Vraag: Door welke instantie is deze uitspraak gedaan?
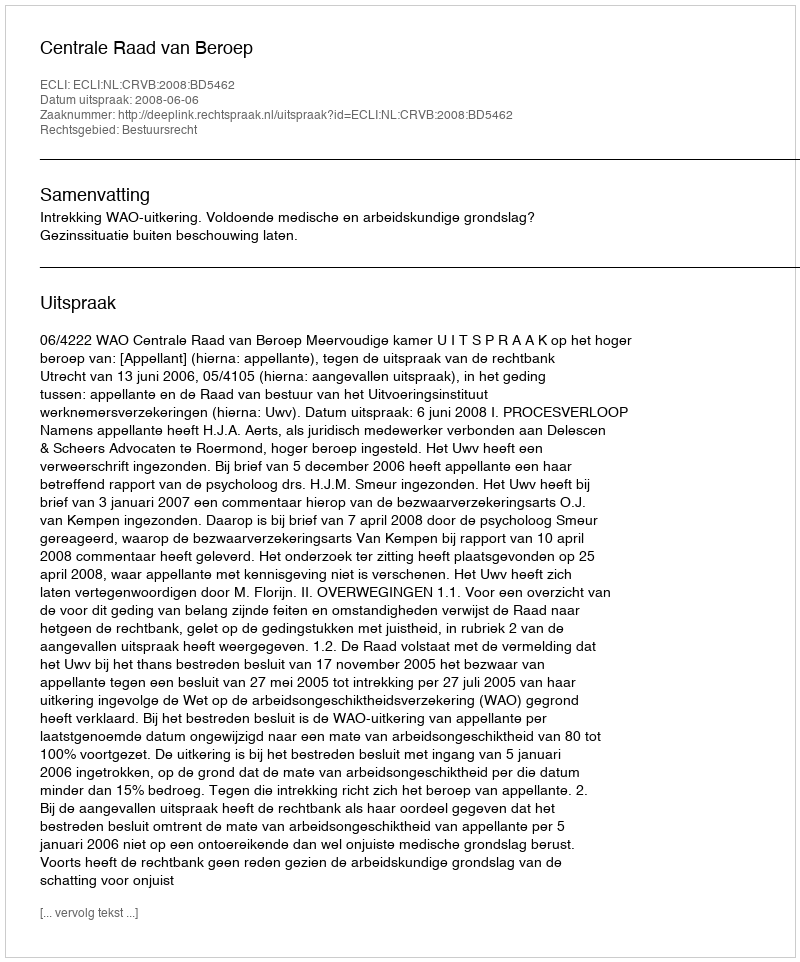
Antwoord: Centrale Raad van Beroep